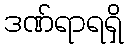
ဒဏ်ရာရရှိ